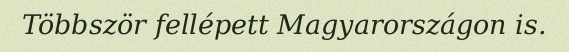
Többször fellépett Magyarországon is.